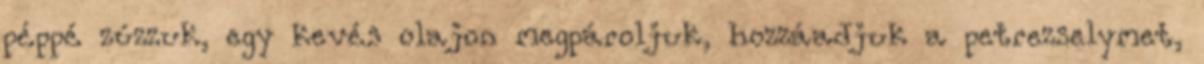
péppé zúzzuk, egy kevés olajon megpároljuk, hozzáadjuk a petrezselymet,